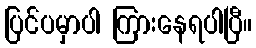
ပြင်ပမှာပါ ကြားနေရပါပြီ။